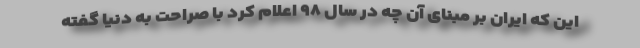
این که ایران بر مبنای آن چه در سال ۹۸ اعلام کرد با صراحت به دنیا گفته